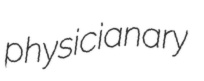
physicianary